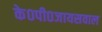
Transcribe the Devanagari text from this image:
के०पी०जायसवाल